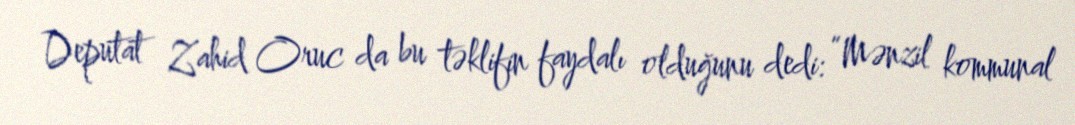
Deputat Zahid Oruc da bu təklifin faydalı olduğunu dedi: “Mənzil kommunal